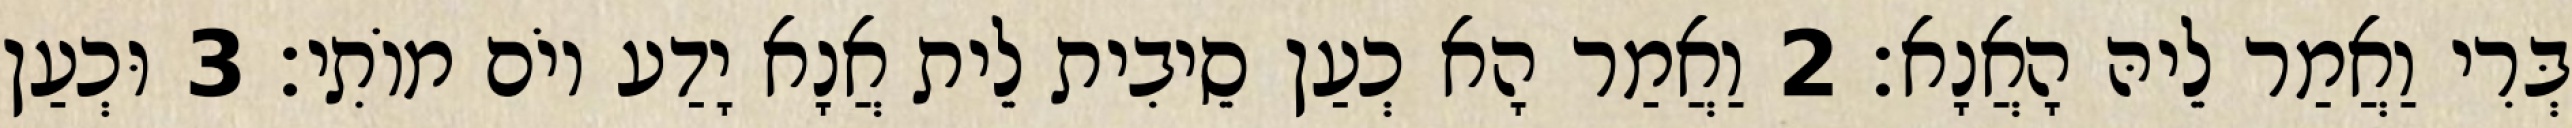
בְּרִי וַאֲמַר לֵיהּ הָאֲנָא׃ 2 וַאֲמַר הָא כְעַן סֵיבִית לֵית אֲנָא יָדַע יוֹם מוֹתִי׃ 3 וּכְעַן